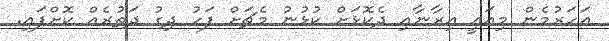
އަހަރުމެން މިއައީ އިރާނާއި ދެކޮޅަށް ކުޅުނު މެޗަށް ފަހު ދިގު ދަތުރެއް ކޮށްފައި.